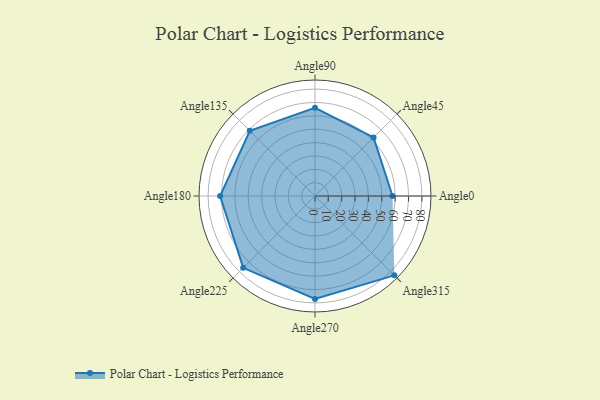
{"axis": {"x": "Angle", "y": "Radius"}, "legend": [""], "data": [{"x": "Angle0", "y": 58.0, "type": ""}, {"x": "Angle45", "y": 62.0, "type": ""}, {"x": "Angle90", "y": 66.0, "type": ""}, {"x": "Angle135", "y": 69.0, "type": ""}, {"x": "Angle180", "y": 71.0, "type": ""}, {"x": "Angle225", "y": 76.0, "type": ""}, {"x": "Angle270", "y": 77.0, "type": ""}, {"x": "Angle315", "y": 84.0, "type": ""}]}